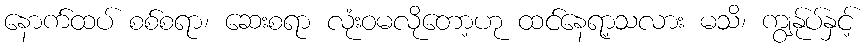
နောက်ထပ် စစ်စရာ၊ ဆေးစရာ လုံးဝမလိုတော့ဟု ထင်နေရာ့သလား မသိ၊ ကျွန်ုပ်နှင့်